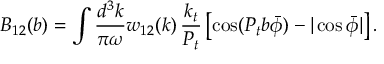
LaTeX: B _ { 1 2 } ( b ) = \int \frac { d ^ { 3 } k } { \pi \omega } w _ { 1 2 } ( k ) \, \frac { k _ { t } } { P _ { t } } \left[ \cos ( P _ { t } b \bar { \phi } ) - | \cos \bar { \phi } | \right] .